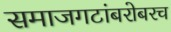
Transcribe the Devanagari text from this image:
समाजगटांबरोबरच